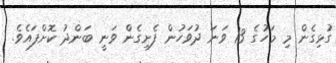
ގުޅިގެން މި މަހުގެ 13 ވަނަ ދުވަހުން ފެށިގެން ވަނީ ބަންދު ކޮށްފައެވެ.